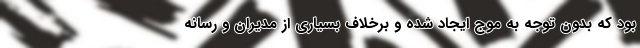
بود که بدون توجه به موج ایجاد شده و برخلاف بسیاری از مدیران و رسانه